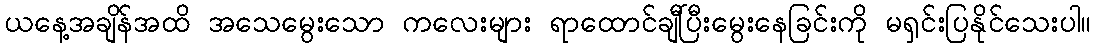
ယနေ့အချိန်အထိ အသေမွေးသော ကလေးများ ရာထောင်ချီပြီးမွေးနေခြင်းကို မရှင်းပြနိုင်သေးပါ။